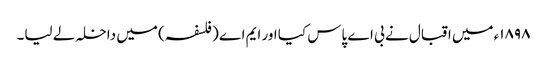
١٨٩٨ء میں اقبال نے بی اے پاس کیا اور ایم اے (فلسفہ) میں داخلہ لے لیا۔